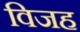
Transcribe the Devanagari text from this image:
विजह